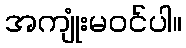
အကျုံးမဝင်ပါ။